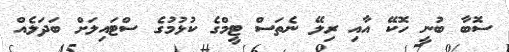
ސޮބާ ބުނީ ހޮކޭ އާއި ރިލޭ ނެތަސް ޓީމްގެ ކުޅުމުގެ ސްޓައިލަށް ބަދަލެއް